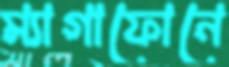
ম্যাগাফোনে